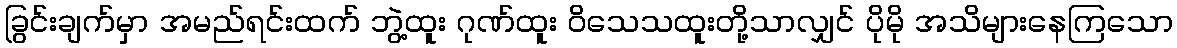
ခြွင်းချက်မှာ အမည်ရင်းထက် ဘွဲ့ထူး ဂုဏ်ထူး ဝိသေသထူးတို့သာလျှင် ပိုမို အသိများနေကြသော